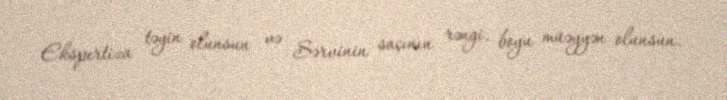
Ekspertiza təyin olunsun və Sərvinin saçının rəngi, boyu müəyyən olunsun.